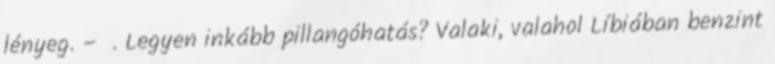
lényeg. – . Legyen inkább pillangóhatás? Valaki, valahol Líbiában benzint